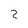
Character: 2